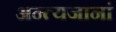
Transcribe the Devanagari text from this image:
अन्त्यजानां